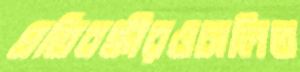
প্রতিবন্ধীরওঢালিত